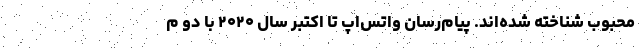
محبوب شناخته شده‌اند. پیام‌رسان واتس‌اپ تا اکتبر سال ۲۰۲۰ با دو م